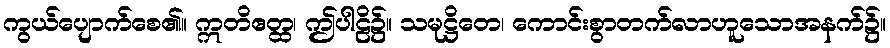
ကွယ်ပျောက်စေ၏။ ဣတိဧတ္ထ၊ ဤပါဠိ၌။ သမုဋ္ဌိတေ၊ ကောင်းစွာတက်လာဟူသောအနက်၌။